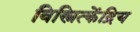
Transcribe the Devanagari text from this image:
विस्त्रित्केंद्रिय